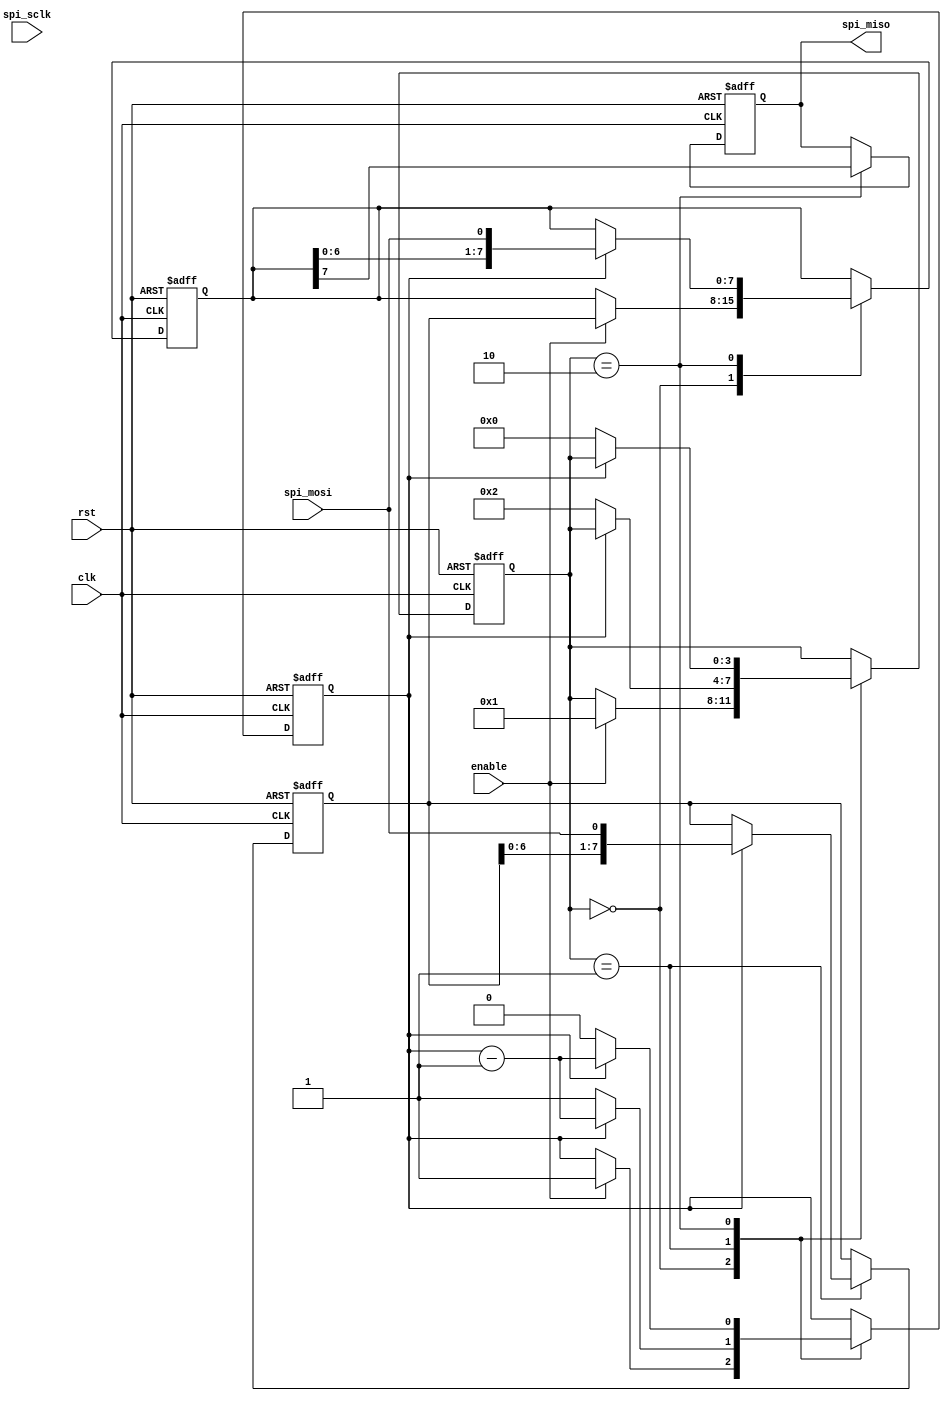
module SpiTimingControlAndSync (
  input wire clk,
  input wire rst,
  input wire enable,
  input wire spi_sclk,
  input wire spi_mosi,
  output reg spi_miso
);

reg [3:0] state;
reg [7:0] data_reg;
reg [7:0] shift_reg;
reg cnt;

parameter IDLE = 4'd0;
parameter TRANSMITTING = 4'd1;
parameter RECEIVING = 4'd2;

always @ (posedge clk or posedge rst) begin
  if (rst) begin
    state <= IDLE;
    cnt <= 0;
    data_reg <= 8'b0;
    shift_reg <= 8'b0;
    spi_miso <= 1'b0;
  end else begin
    case (state)
      IDLE: begin
        if (enable) begin
          state <= TRANSMITTING;
          data_reg <= shift_reg;
          cnt <= 7;
        end
      end

      TRANSMITTING: begin
        if (cnt == 0) begin
          state <= RECEIVING;
          cnt <= 7;
        end else begin
          cnt <= cnt - 1;
          shift_reg <= {shift_reg[6:0], spi_mosi};
        end
      end

      RECEIVING: begin
        if (cnt == 0) begin
          state <= IDLE;
          spi_miso <= data_reg[7];
        end else begin
          cnt <= cnt - 1;
          spi_miso <= data_reg[7];
          data_reg <= {data_reg[6:0], spi_mosi};
        end
      end
    endcase
  end
end

endmodule